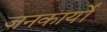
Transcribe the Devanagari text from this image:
जनकार्यों